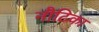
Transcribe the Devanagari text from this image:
नौटिका